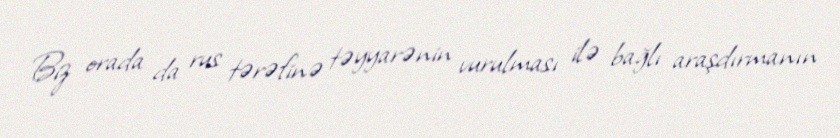
Biz orada da rus tərəfinə təyyarənin vurulması ilə bağlı araşdırmanın